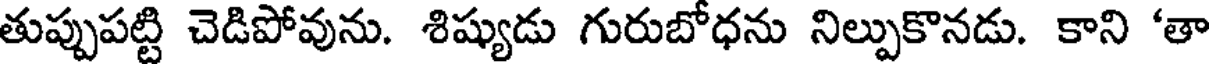
తుప్పుపట్టి చెడిపోవును. శిష్యుడు గురుబోధను నిల్పుకొనడు. కాని 'తా